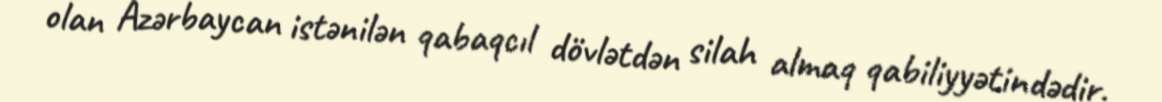
olan Azərbaycan istənilən qabaqcıl dövlətdən silah almaq qabiliyyətindədir.